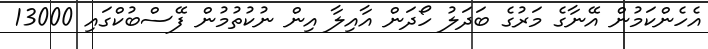
އެހެންކަމުން އޭނާގެ މަރުގެ ބަދަލު ހޯދަން އާއިލާ އިން ނުކުތުމުން ފޭސްބުކްގައި 13000